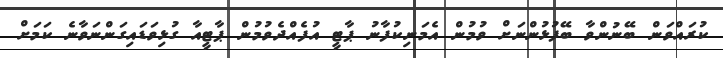
ކުރައްވަން ބޭނުންވާ ބޭފުޅުންނަށް ވުމުން އެމަނިކުފާނު ޕާޓީ އުފެއްދެވުމުން ޕާޓީއާ ގުޅިވަޑައިގަންނަވާނެ ކަމަށް